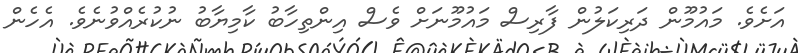
އަށެވެ. މައުމޫން ދަރިކަލުން ފާރިސް މައުމޫނަށް ވެސް އިންތިހާބު ކާމިޔާބު ނުކުރެއްވުނެވެ. އެހެން